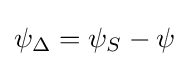
\psi _{\Delta }=\psi _{S}-\psi